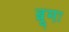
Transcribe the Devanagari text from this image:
ब्रूमः